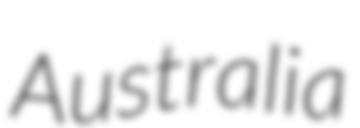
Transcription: Australia